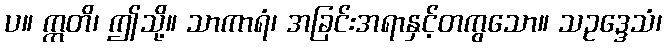
ပ။ ဣတိ၊ ဤသို့။ သာကာရံ၊ အခြင်းအရာနှင့်တကွသော။ သဥဒ္ဒေသံ၊